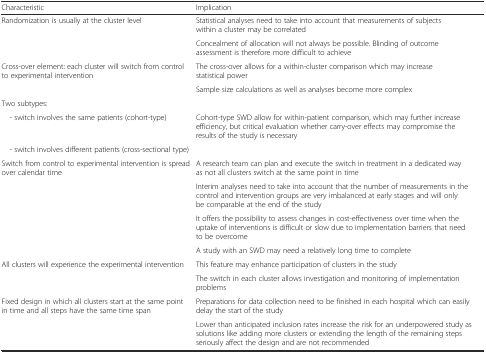
<table><thead><tr><td><b>Characteristic</b></td><td><b>Implication</b></td></tr></thead><tbody><tr><td>Randomization is usually at the cluster level</td><td>Statistical analyses need to take into account that measurements of subjects within a cluster may be correlated</td></tr><tr><td></td><td>Concealment of allocation will not always be possible. Blinding of outcome assessment is therefore more difficult to achieve</td></tr><tr><td>Cross-over element: each cluster will switch from control to experimental intervention</td><td>The cross-over allows for a within-cluster comparison which may increase statistical power</td></tr><tr><td></td><td>Sample size calculations as well as analyses become more complex</td></tr><tr><td>Two subtypes:</td><td></td></tr><tr><td> - switch involves the same patients (cohort-type)</td><td>Cohort-type SWD allow for within-patient comparison, which may further increase efficiency, but critical evaluation whether carry-over effects may compromise the results of the study is necessary</td></tr><tr><td> - switch involves different patients (cross-sectional type)</td><td></td></tr><tr><td>Switch from control to experimental intervention is spread over calendar time</td><td>A research team can plan and execute the switch in treatment in a dedicated way as not all clusters switch at the same point in time</td></tr><tr><td></td><td>Interim analyses need to take into account that the number of measurements in the control and intervention groups are very imbalanced at early stages and will only be comparable at the end of the study</td></tr><tr><td></td><td>It offers the possibility to assess changes in cost-effectiveness over time when the uptake of interventions is difficult or slow due to implementation barriers that need to be overcome</td></tr><tr><td></td><td>A study with an SWD may need a relatively long time to complete</td></tr><tr><td>All clusters will experience the experimental intervention</td><td>This feature may enhance participation of clusters in the study</td></tr><tr><td></td><td>The switch in each cluster allows investigation and monitoring of implementation problems</td></tr><tr><td>Fixed design in which all clusters start at the same point in time and all steps have the same time span</td><td>Preparations for data collection need to be finished in each hospital which can easily delay the start of the study</td></tr><tr><td></td><td>Lower than anticipated inclusion rates increase the risk for an underpowered study as solutions like adding more clusters or extending the length of the remaining steps seriously affect the design and are not recommended</td></tr></tbody></table>